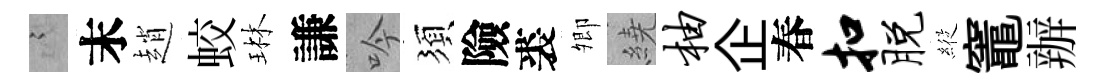
謭末趙蛟琳謙吟須險裘𡖖繞柚企春扣脱𦂵竈辦